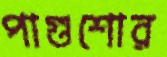
পাগুশোর